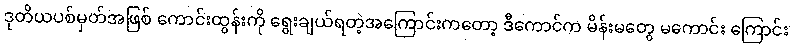
ဒုတိယပစ်မှတ်အဖြစ် ကောင်းထွန်းကို ရွေးချယ်ရတဲ့အကြောင်းကတော့ ဒီကောင်က မိန်းမတွေ မကောင်း ကြောင်း